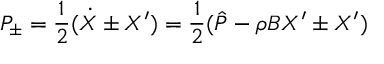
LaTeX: P _ { \pm } = \frac { 1 } { 2 } ( \dot { X } \pm X ^ { \prime } ) = \frac { 1 } { 2 } ( \hat { P } - \rho B X ^ { \prime } \pm X ^ { \prime } )